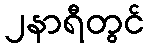
၂နာရီတွင်